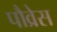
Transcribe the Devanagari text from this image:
पौव्रेस